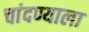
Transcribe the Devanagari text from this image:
चांदण्याला